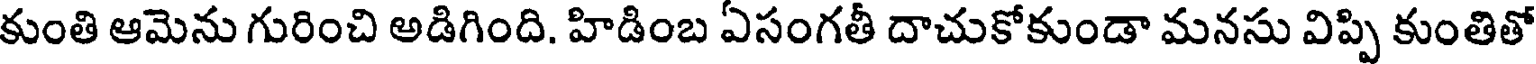
కుంతి ఆమెను గురించి అడిగింది. హిడింబ ఏసంగతీ దాచుకోకుండా మనసు విప్పి కుంతితో